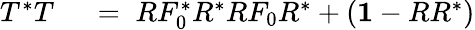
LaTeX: \begin{array}{rl}{T^{*}T}&{{}\; =\; RF_{0}^{*}R^{*}RF_{0}R^{*}+({\mathbf 1}-RR^{*})}\end{array}